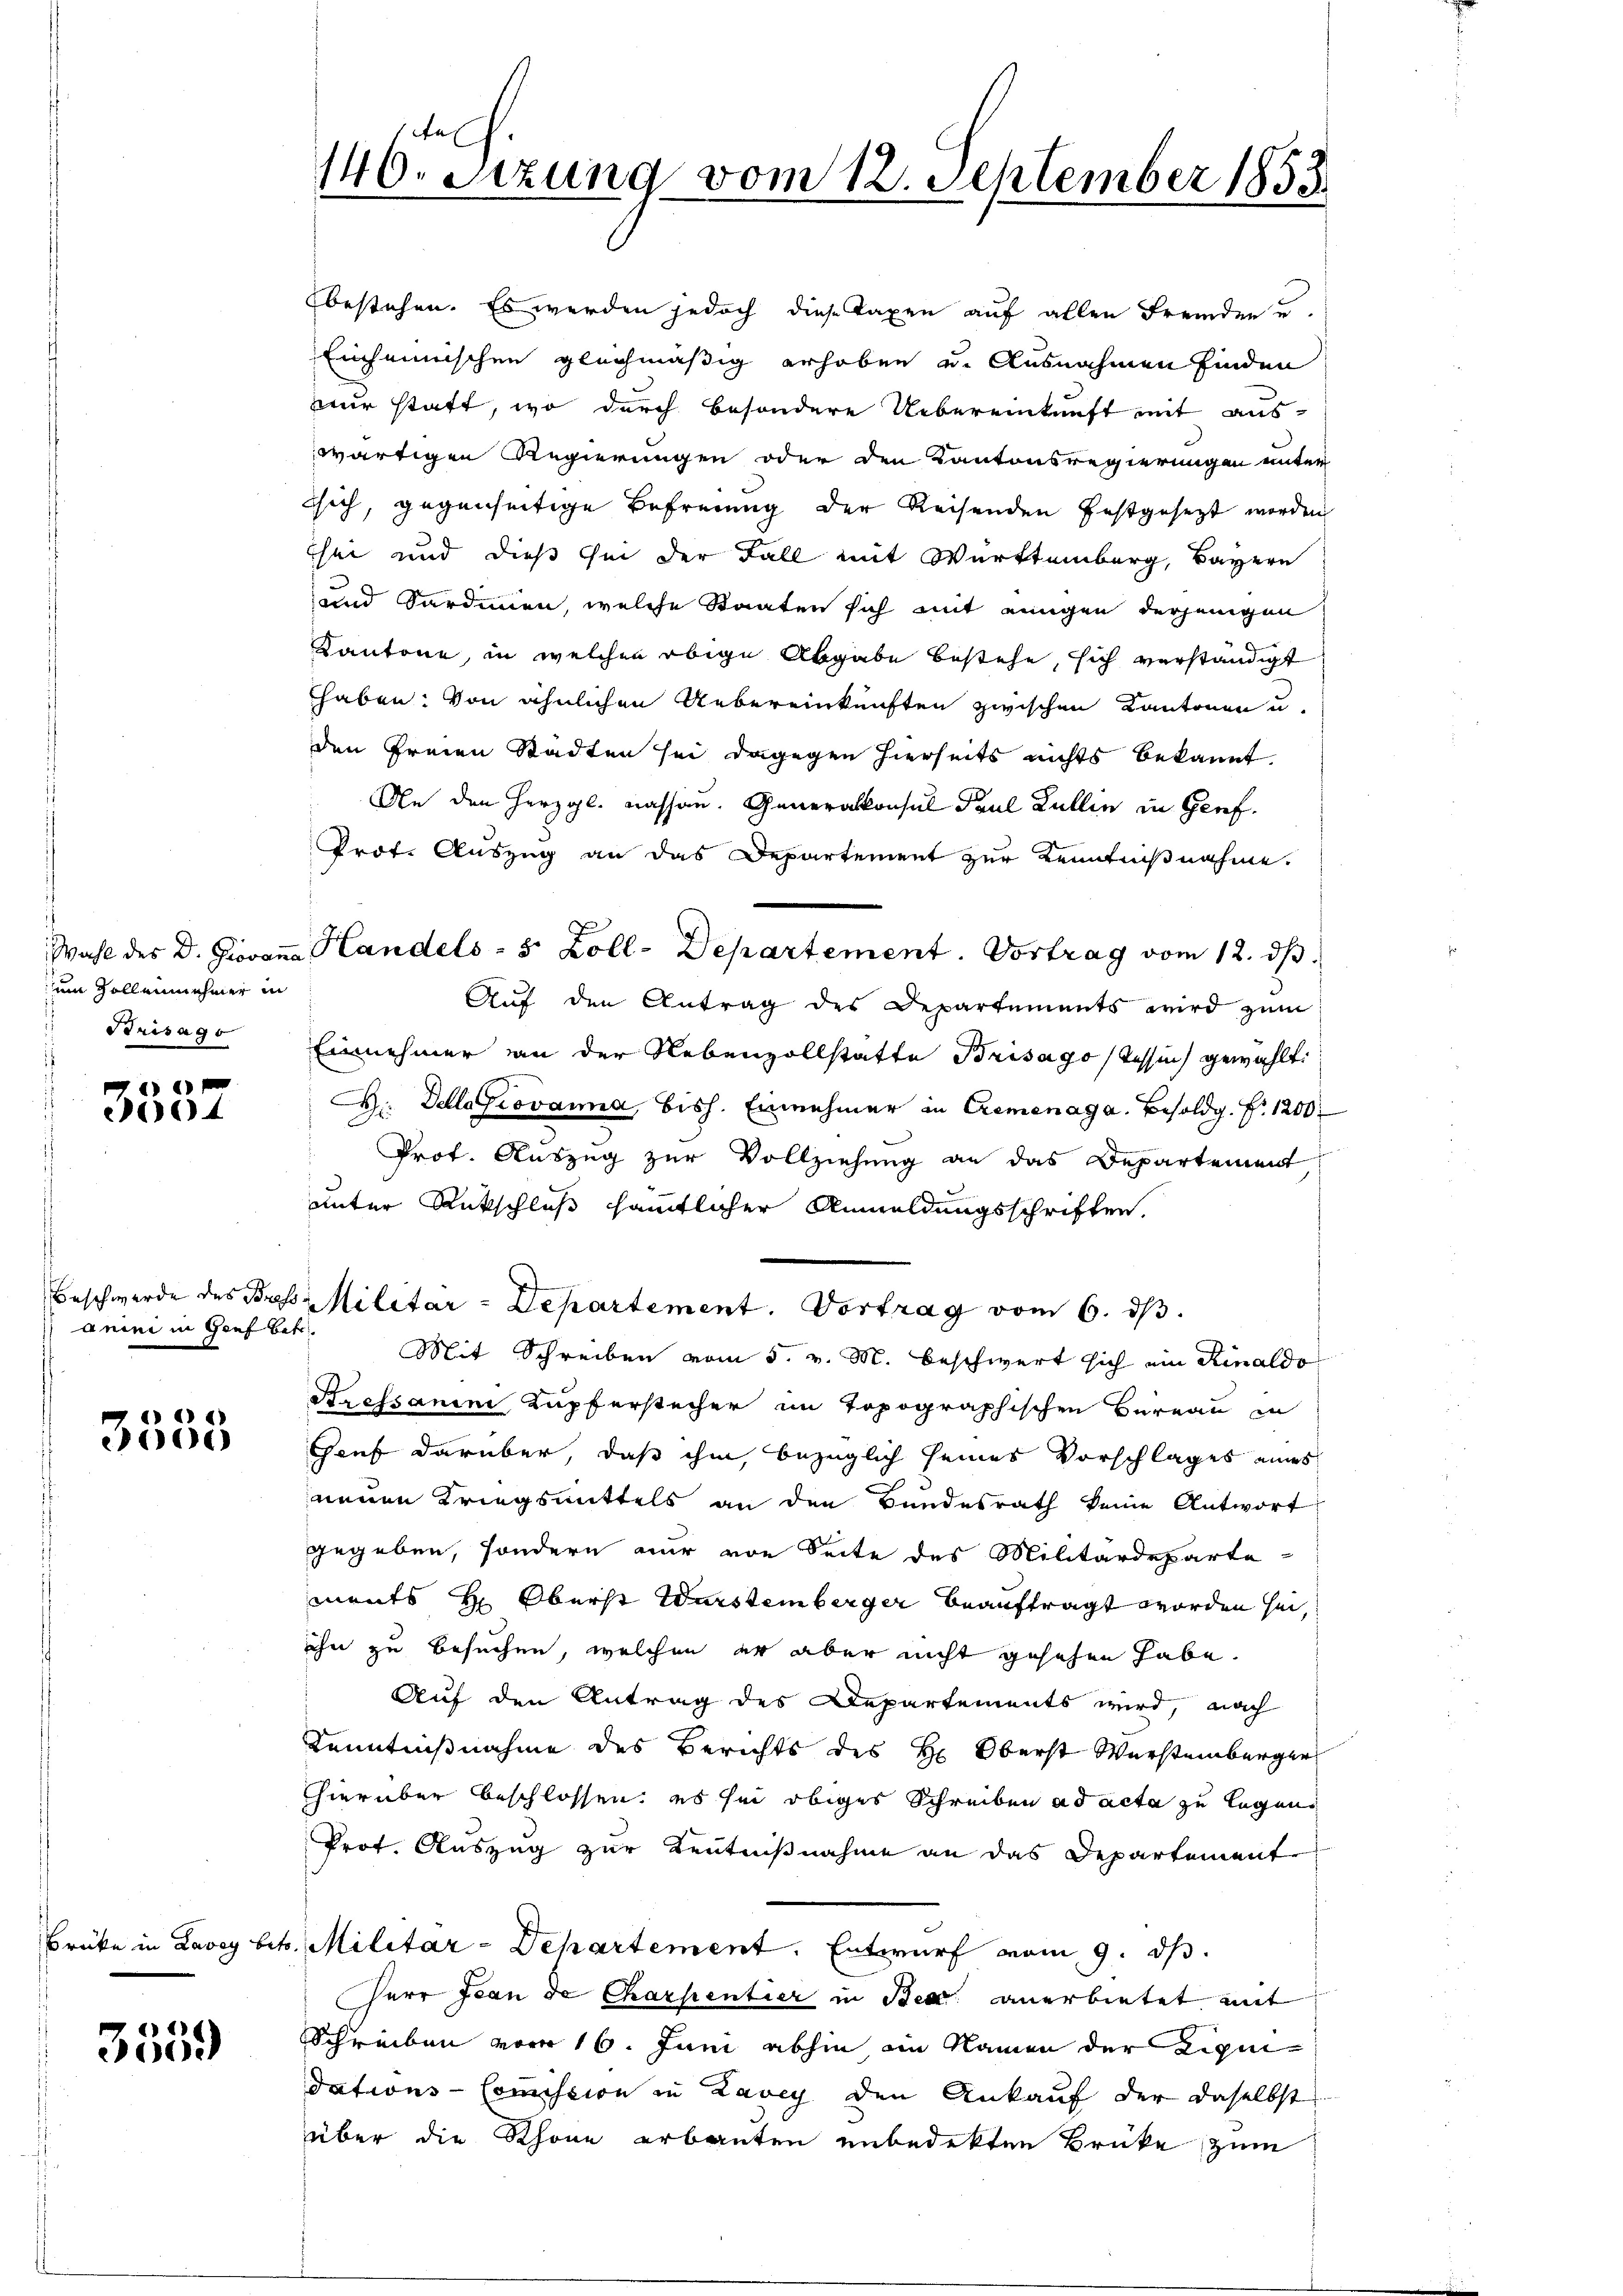
um sollennehmer in
Srisago

)
4

anini in Genf betr.

1
055

3559

bestehen. Es werden jedoch diese Taxen auf allen Fremden u.
Einheimischen gleichmäßig erhoben u. Ausnahmen finden
nur statt, wo durch besondere Uebereinkunft mit aus-
wärtigen Regierungen oder den Kantonsregierungen unter
sich, gegenseitige Befreiung der Reisenden festgesezt worden
sei und dieß sei der Fall mit Württemberg, Bayern
und Sardinen, welche Staaten sich mit einigen derjenigen
Kantone, in welchen obige Abgabe bestehe, sich verständigt
haben: von ähnlichen Uebereinkünften zwischen Kantonen u.
den freien Städten sei dagegen hierseits nichts bekannt
An den Herzgl. Kassen. Generalkonsul Paul Kullie in Genf.
Prof. Auszug an das Departement zur Kenntnißnahme.
Wahl des Dr. Giovan Handels- 5 Zoll-Departement. Vortrag vom 12. ds.
Aŭf den Antrag des Departements wird zŭm
Einnehmer an der Nebenzollstatte Brisago (Tessin gewählt:
F. Dellagiovanna, bish. Einnehmer in Cremenaga. Besoldg. f. 1200
Prof. Auszug zur Vollziehung an das Departement
unter Rückschluß sämmtlicher Anmeldungsschriften.
Beschwerde des Besse Militar - Departement. Vortrag vom 6. dβ.
Mit Schreiben vom 5. v. M. beschwert sich ein Rinaldo
Pressanini, Kupferstecher im Topographischen Bureau in
Gauf darüber, daß ihm, bezüglich seines Vorschlages eines
neuen Kriegsmittels an den Bundesrath keine Antwort
gegeben, sondern nur von Seite des Militärdeparte
ments H: Oberst Wurstemberger beauftragt worden sei,
ihn zu besuchen, welchen er aber nicht gesehen habe.
Auf den Antrag des Departements wird, nach
Kenntnißnahme des Berichts des H. Oberst Wursteinberger
hhierüber beschlossen, es sei obiges Schreiben ad acta zu legen
Prof. Auszug zur Kenntnißnahme an das Departement
Brüke in Lavey betr. Militar-Departement. Entwurf vom 9. ds.
Herr Jean de Charpentier in Bed. anerbietet mit
Schreiben vom 16. Juni abhin ein Namen der Liquidations-Commission in Lavey den Ankauf der daselbst
über die Schöne erbauten unbedekten Brüke zum

tech
140. Setzung vom 12. September 1853